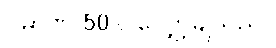
ပမာဏ 50% လျှော့ချသည်။